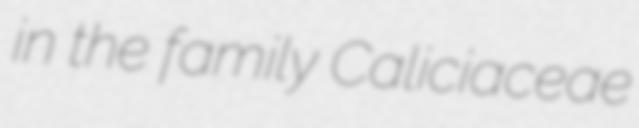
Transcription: in the family Caliciaceae